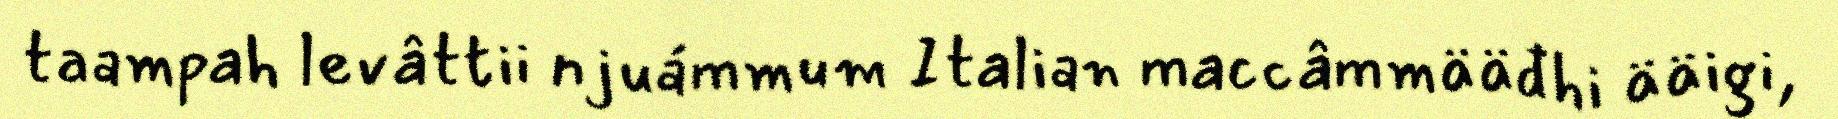
taampah levâttii njuámmum Italian maccâmmääđhi ääigi,